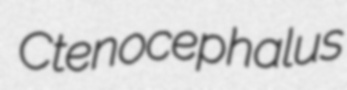
Ctenocephalus